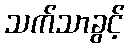
သက်သာခွင့်